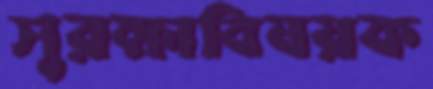
সুরক্ষাবিষয়ক